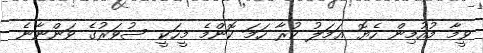
ވީމާ މުއުމިން ހެޔޮ ޢަމަލު ކުރާ ހަމަ ކޮންމެ މީހަކީ ސުވަރުގެ ވަންނާނެ